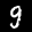
Label: 9